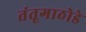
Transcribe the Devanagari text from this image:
तंतूगाठोडे